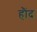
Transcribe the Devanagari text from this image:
हौंद